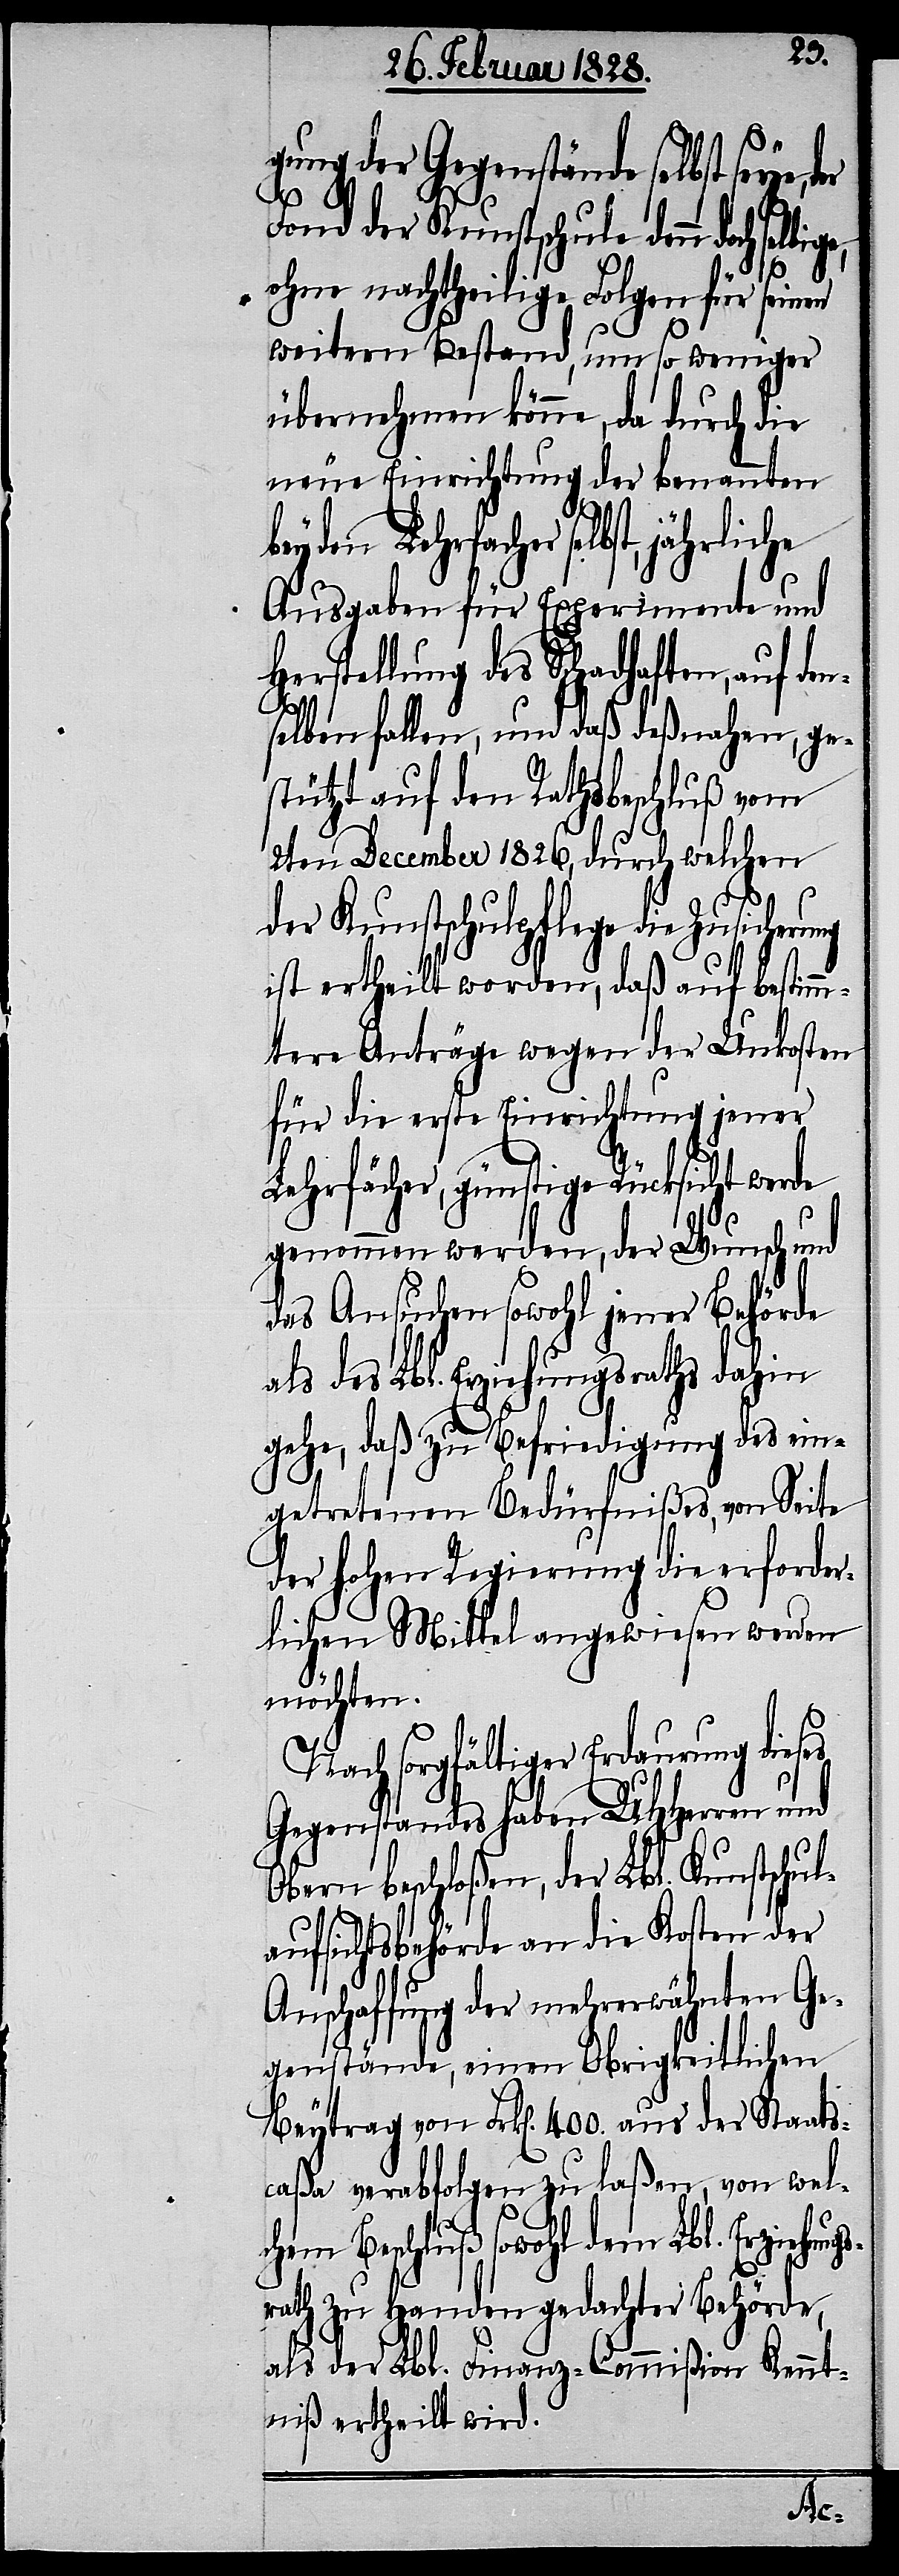
gung der Gegenstände selbst seye,
Fond der Kunstschule denn doch selb¬
ohne nachtheilige Folgen für seinen
s¬
weitern Bestand, um so weniger
übernehmen könne, da durch die
neue Einrichtung der benannten
Lehrfächer selbst, jährliche
Ausgaben für Experimente und
Herstellung des Schadhaften, auf den¬
selben fallen, und daß deßnahen, ge¬
stützt auf den Rathsbeschluß vom
2ten December 1826, durch welchen
der Kunstschulpflege die
ist ertheilt worden, daß auf bestimm¬
tere Anträge wegen der Unkosten
für die erste Einrichtung jener
Lehrfacher [sic!], günstige
genommen werden, der Wunsch und
das Ansuchen sowohl jener Behörde
als des Lbl. Erziehungsraths dahin
gehe, daß zu Befriedigung des ein¬
getretenen Bedürfnißes, von Seite
der hohen Regierung die erforder¬
lichen Mittel angewiesen werden
möchten.
Nach sorgfältiger Erdaurung dieses
Gegenstandes haben UHHerren und
Obern beschloßen, der Lbl. Kunstschul¬
aufsichtsbehörde an die Kosten der
Anschaffung der mehrerwähnten Ge¬
genstände, einen Obrigkeitlichen
Beytrag von Frk[en]. 400. aus der Staats¬
caßa verabfolgen zu laßen, von wel¬
chem Beschluß sowohl dem Lbl. Erziehung¬
rath zu Handen gedachter Behörde,
als der Lbl. Finanz-Commißion Kennt¬
niß ertheilt wird.
ige,